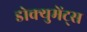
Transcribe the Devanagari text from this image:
डोक्युमेंट्स